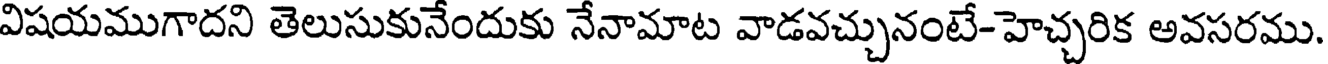
విషయముగాదని తెలుసుకునేందుకు నేనామాట వాడవచ్చునంటే-హెచ్చరిక అవసరము.